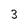
Character: 3